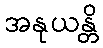
အနုယန္တိ